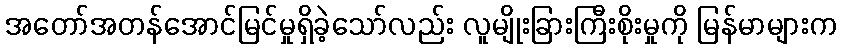
အတော်အတန်အောင်မြင်မှုရှိခဲ့သော်လည်း လူမျိုးခြားကြီးစိုးမှုကို မြန်မာများက